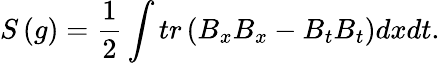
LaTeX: S\left(g\right)=\frac 12\int tr\left(B_{x}B_{x}-B_{t}B_{t}\right)dxdt.